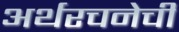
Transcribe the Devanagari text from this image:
अर्थरचनेची